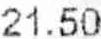
21.50